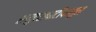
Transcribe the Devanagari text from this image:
समुदसपाटीपासून